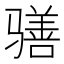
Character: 𲌊